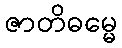
ဇာတိဓမ္မေ